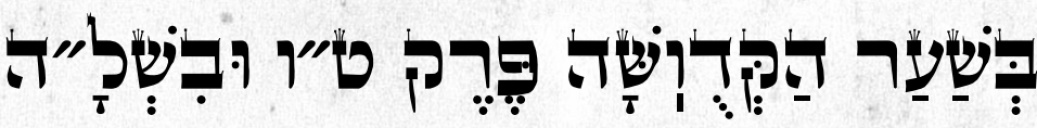
בְּשַׁעַר הַקְּדֻוֽשָּׁה פֶּרֶק ט״ו וּבִשְׁלָ״ה